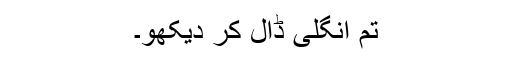
تم انگلی ڈال کر دیکھو۔